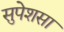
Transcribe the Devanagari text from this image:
सुपेशसा